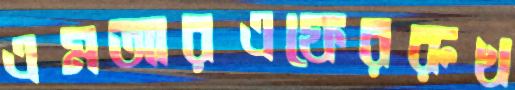
এমআরএফেররুখ